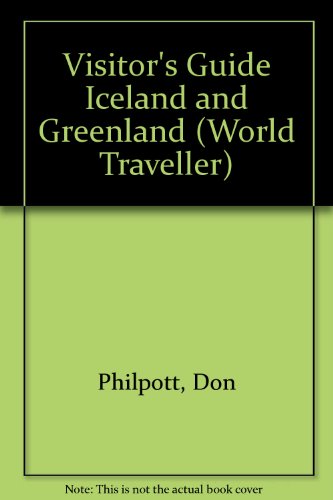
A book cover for Visitor's Guide Iceland and Greenland (World Traveller); Don Philpott; Travel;